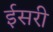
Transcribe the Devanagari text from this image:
ईसरी